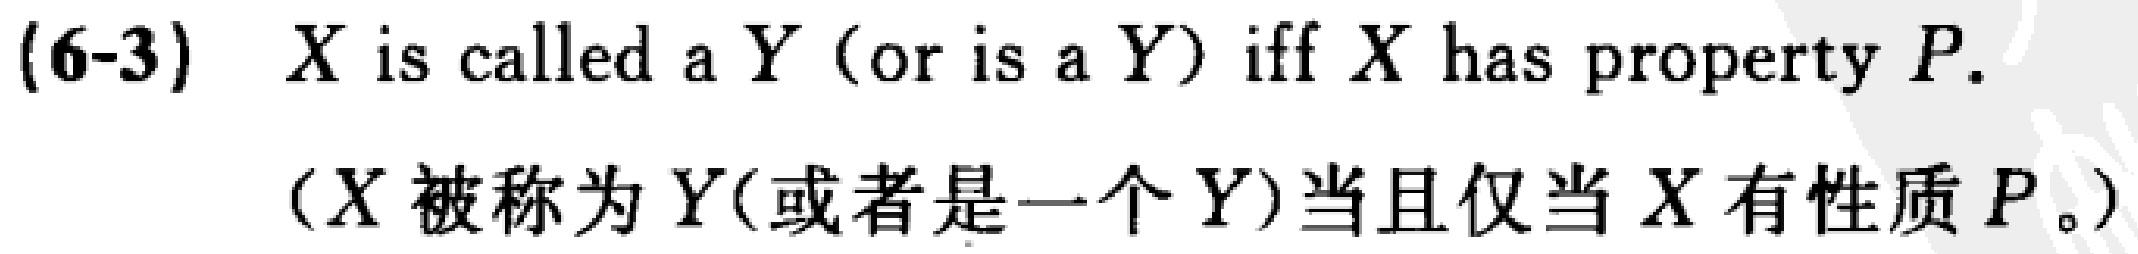
(6-3) \(X\) is called a \(Y\) (or is a \(Y\)) iff \(X\) has property \(P\).
（\(X\)被称为\(Y\)(或者是一个\(Y\))当且仅当\(X\)有性质\(P\)。）